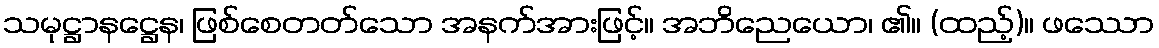
သမုဋ္ဌာနဋ္ဌေန၊ ဖြစ်စေတတ်သော အနက်အားဖြင့်။ အဘိညေယော၊ ၏။ (ထည့်)။ ဖဿော